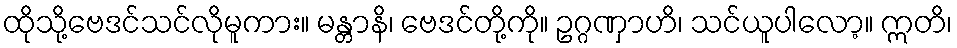
ထိုသို့ဗေဒင်သင်လိုမူကား။ မန္တာနိ၊ ဗေဒင်တို့ကို။ ဥဂ္ဂဏှာဟိ၊ သင်ယူပါလော့။ ဣတိ၊